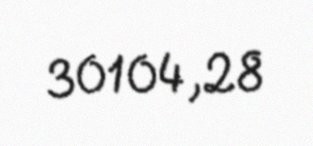
30104,28